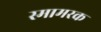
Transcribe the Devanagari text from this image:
स्मामरक